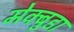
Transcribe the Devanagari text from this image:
मेक्बुडा